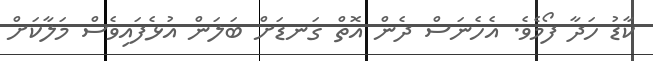
ކާޑު ހަދާ ފޯމެވެ. އެހެނަސް ދެން އޮތް ގަނޑަށް ބަލަން އުޅެފައިވެސް މަލާކަށް